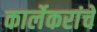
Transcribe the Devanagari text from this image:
कार्लेकरांचे